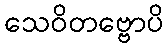
သေဝိတဗ္ဗောပိ